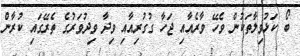
ބޯ ކަޅުވިލާތަކުން ވެހޭ ވާރެއާއި ޖަހާ ގުގުރިއާއި ވިދާ ވިދުވަރުގެ ތެރޭގައި ކުރާން